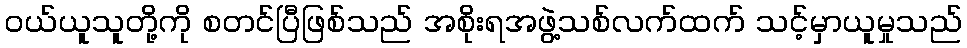
ဝယ်ယူသူတို့ကို စတင်ပြီဖြစ်သည် အစိုးရအဖွဲ့သစ်လက်ထက် သင့်မှာယူမှုသည်